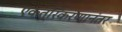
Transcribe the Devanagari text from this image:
एकत्रिकरणानंतर